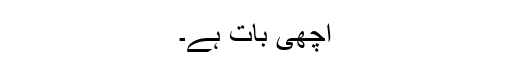
اچهى بات ہے۔